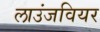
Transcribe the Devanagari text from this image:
लाउंजवियर